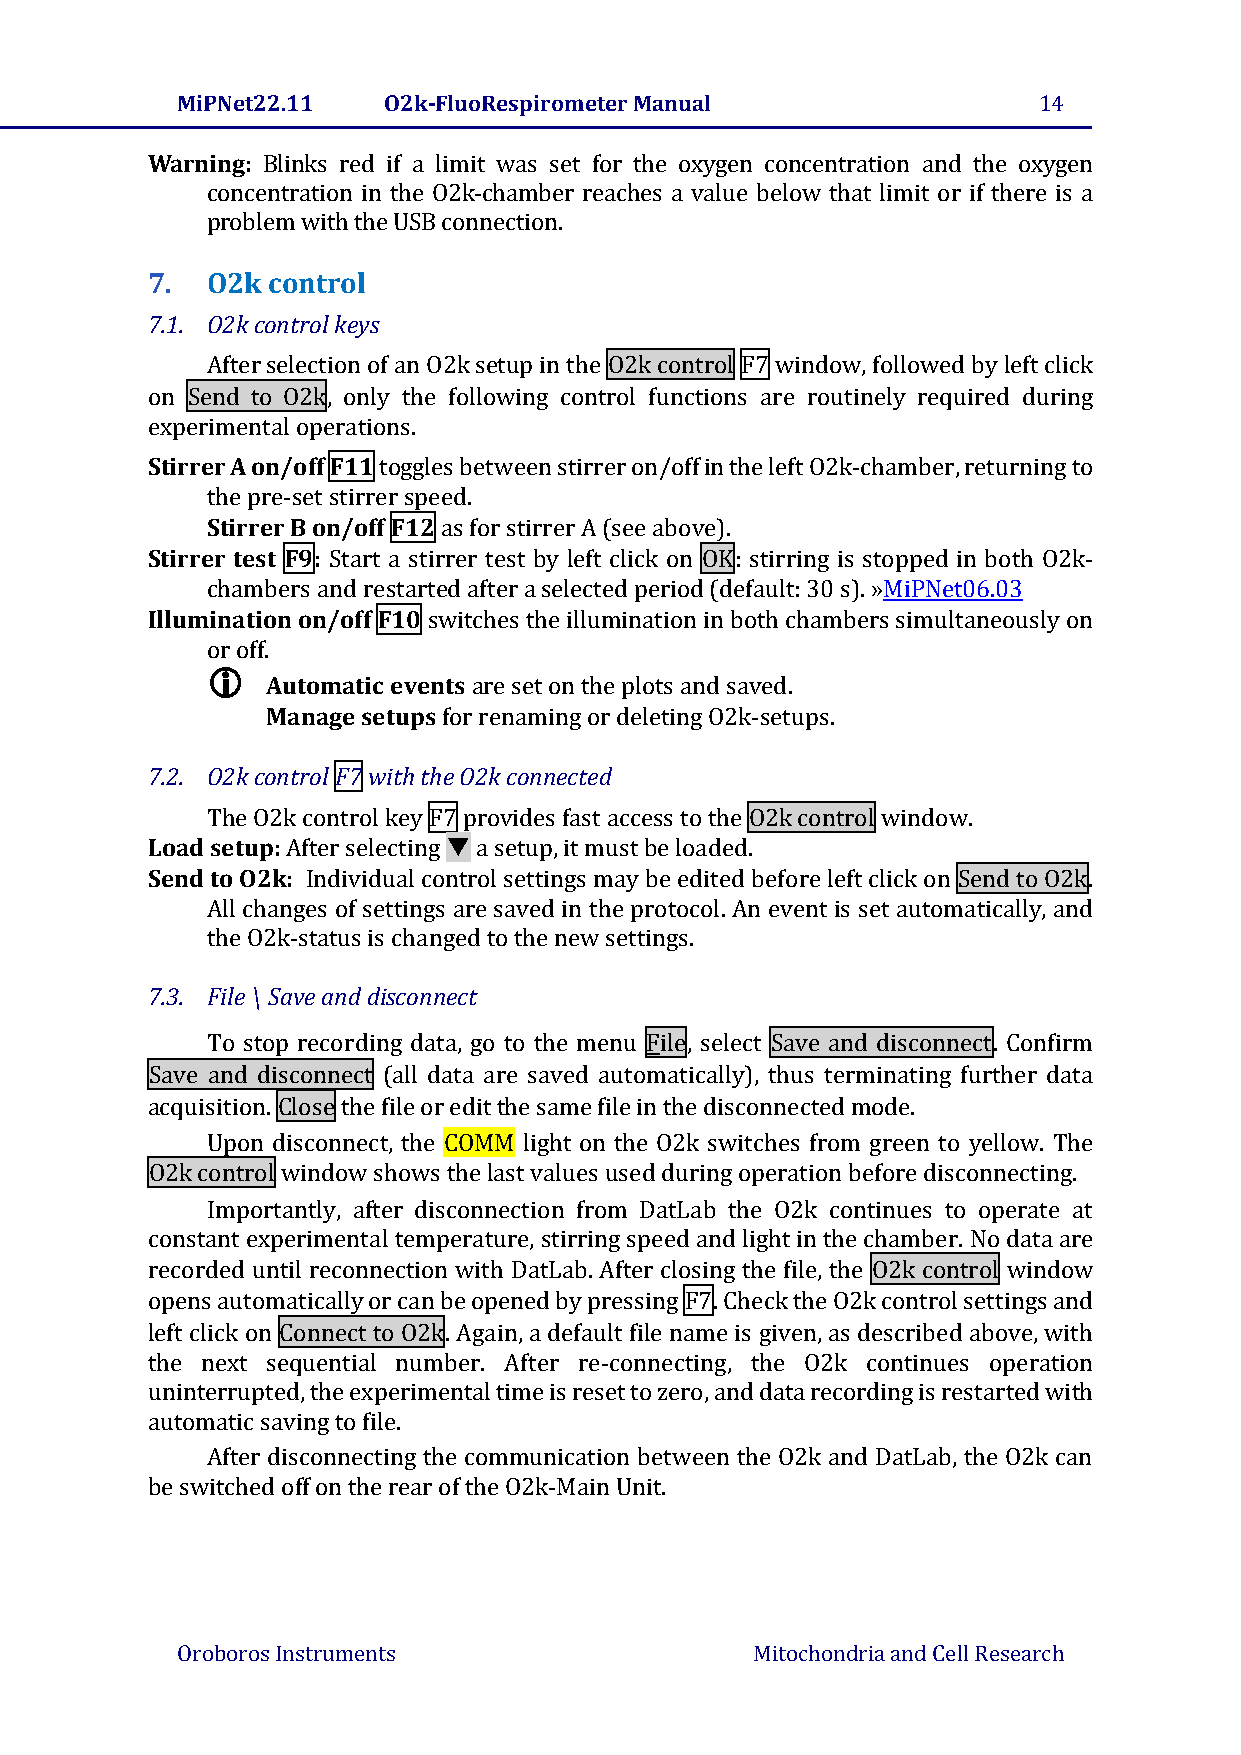
MiPNet22.11  O2k-FluoRespirometer Manual                 14
 Warning: Blinks red if a limit was set for the oxygen concentration and the oxygen
 concentration in the O2k-chamber reaches a value below that limit or if there is a
 problem with the USB connection.
 7.  O2k control
 7.1. O2k control keys
 After selection of an O2k setup in the O2k control F7 window, followed by left click
 on Send to O2k, only the following control functions are routinely required during
 experimental operations.
 Stirrer A on/off F11 toggles between stirrer on/off in the left O2k-chamber, returning to
 the pre-set stirrer speed.
 Stirrer B on/off F12 as for stirrer A (see above).
 Stirrer test F9: Start a stirrer test by left click on OK: stirring is stopped in both O2k-
 chambers and restarted after a selected period (default: 30 s). »MiPNet06.03
 Illumination on/off F10 switches the illumination in both chambers simultaneously on
 or off.
 
 Automatic events are set on the plots and saved.
 Manage setups for renaming or deleting O2k-setups.
 7.2. O2k control F7 with the O2k connected
 The O2k control key F7 provides fast access to the O2k control window.
 Load setup: After selecting  a setup, it must be loaded.
 Send to O2k: Individual control settings may be edited before left click on Send to O2k.
 All changes of settings are saved in the protocol. An event is set automatically, and
 the O2k-status is changed to the new settings.
 7.3. File \ Save and disconnect
 To stop recording data, go to the menu File, select Save and disconnect. Confirm
 Save and disconnect (all data are saved automatically), thus terminating further data
 acquisition. Close the file or edit the same file in the disconnected mode.
 Upon disconnect, the COMM light on the O2k switches from green to yellow. The
 O2k control window shows the last values used during operation before disconnecting.
 Importantly, after disconnection from DatLab the O2k continues to operate at
 constant experimental temperature, stirring speed and light in the chamber. No data are
 recorded until reconnection with DatLab. After closing the file, the O2k control window
 opens automatically or can be opened by pressing F7. Check the O2k control settings and
 left click on Connect to O2k. Again, a default file name is given, as described above, with
 the next sequential number. After re-connecting, the O2k continues operation
 uninterrupted, the experimental time is reset to zero, and data recording is restarted with
 automatic saving to file.
 After disconnecting the communication between the O2k and DatLab, the O2k can
 be switched off on the rear of the O2k-Main Unit.
 Oroboros Instruments                  Mitochondria and Cell Research